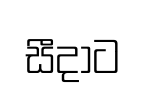
සීදාට